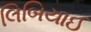
લિબિયાઈ